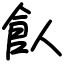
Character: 飤